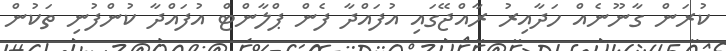
ކުރަން ގާނޫނެއް ހަދާއިރު ރާއްޖޭގައި އުފައްދާ ފެން ޕްލާންޓް އުފައްދާ ކުންފުނި ތަކުން